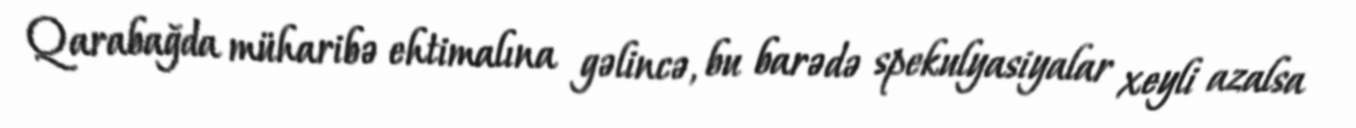
Qarabağda müharibə ehtimalına gəlincə, bu barədə spekulyasiyalar xeyli azalsa